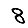
Digit: 8